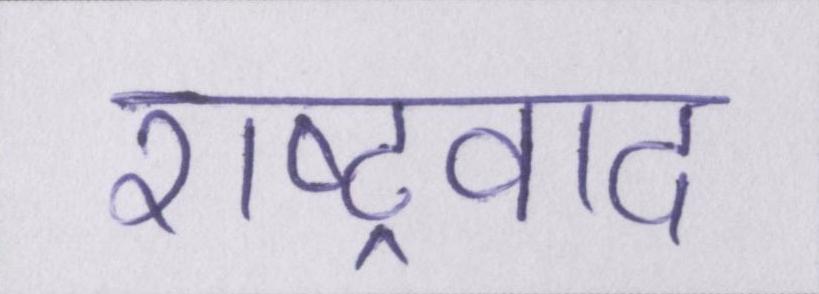
राष्ट्रवाद